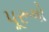
પૂરૂષો